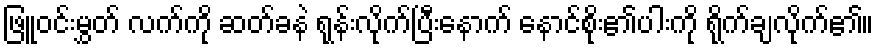
ဖြူဝင်းမွှတ် လက်ကို ဆတ်ခနဲ ရုန်းလိုက်ပြီးနောက် နောင်စိုး၏ပါးကို ရိုက်ချလိုက်၏။